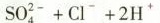
S O _ { 4 } ^ { 2 - } + C l ^ { - } + 2 H ^ { + }$$